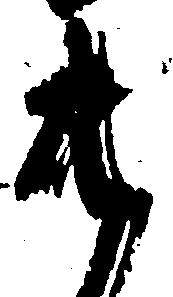
共